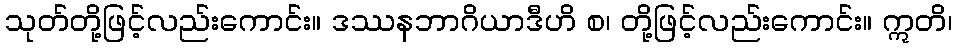
သုတ်တို့ဖြင့်လည်းကောင်း။ ဒဿနဘာဂိယာဒီဟိ စ၊ တို့ဖြင့်လည်းကောင်း။ ဣတိ၊